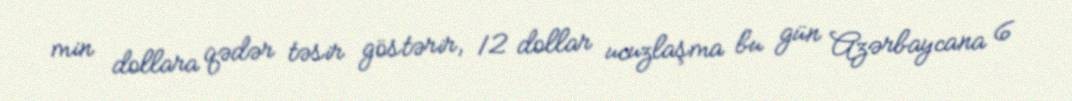
min dollara qədər təsir göstərir, 12 dollar ucuzlaşma bu gün Azərbaycana 6